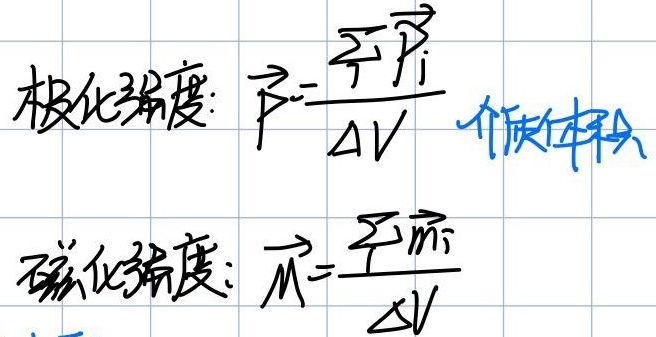
极化强度: $\vec{P}=\frac{\sum_{i} \vec{p}_{i}}{\Delta V}$

介质体积磁化强度: $\vec{M}=\frac{\sum_{i} \vec{m}_{i}}{\Delta V}$